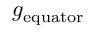
g _ { \mathrm { e q u a t o r } }